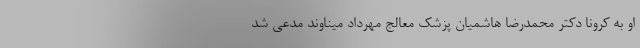
او به کرونا دکتر محمدرضا هاشمیان پزشک معالج مهرداد میناوند مدعی شد